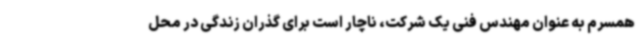
همسرم به عنوان مهندس فنی یک شرکت، ناچار است برای گذران زندگی در محل